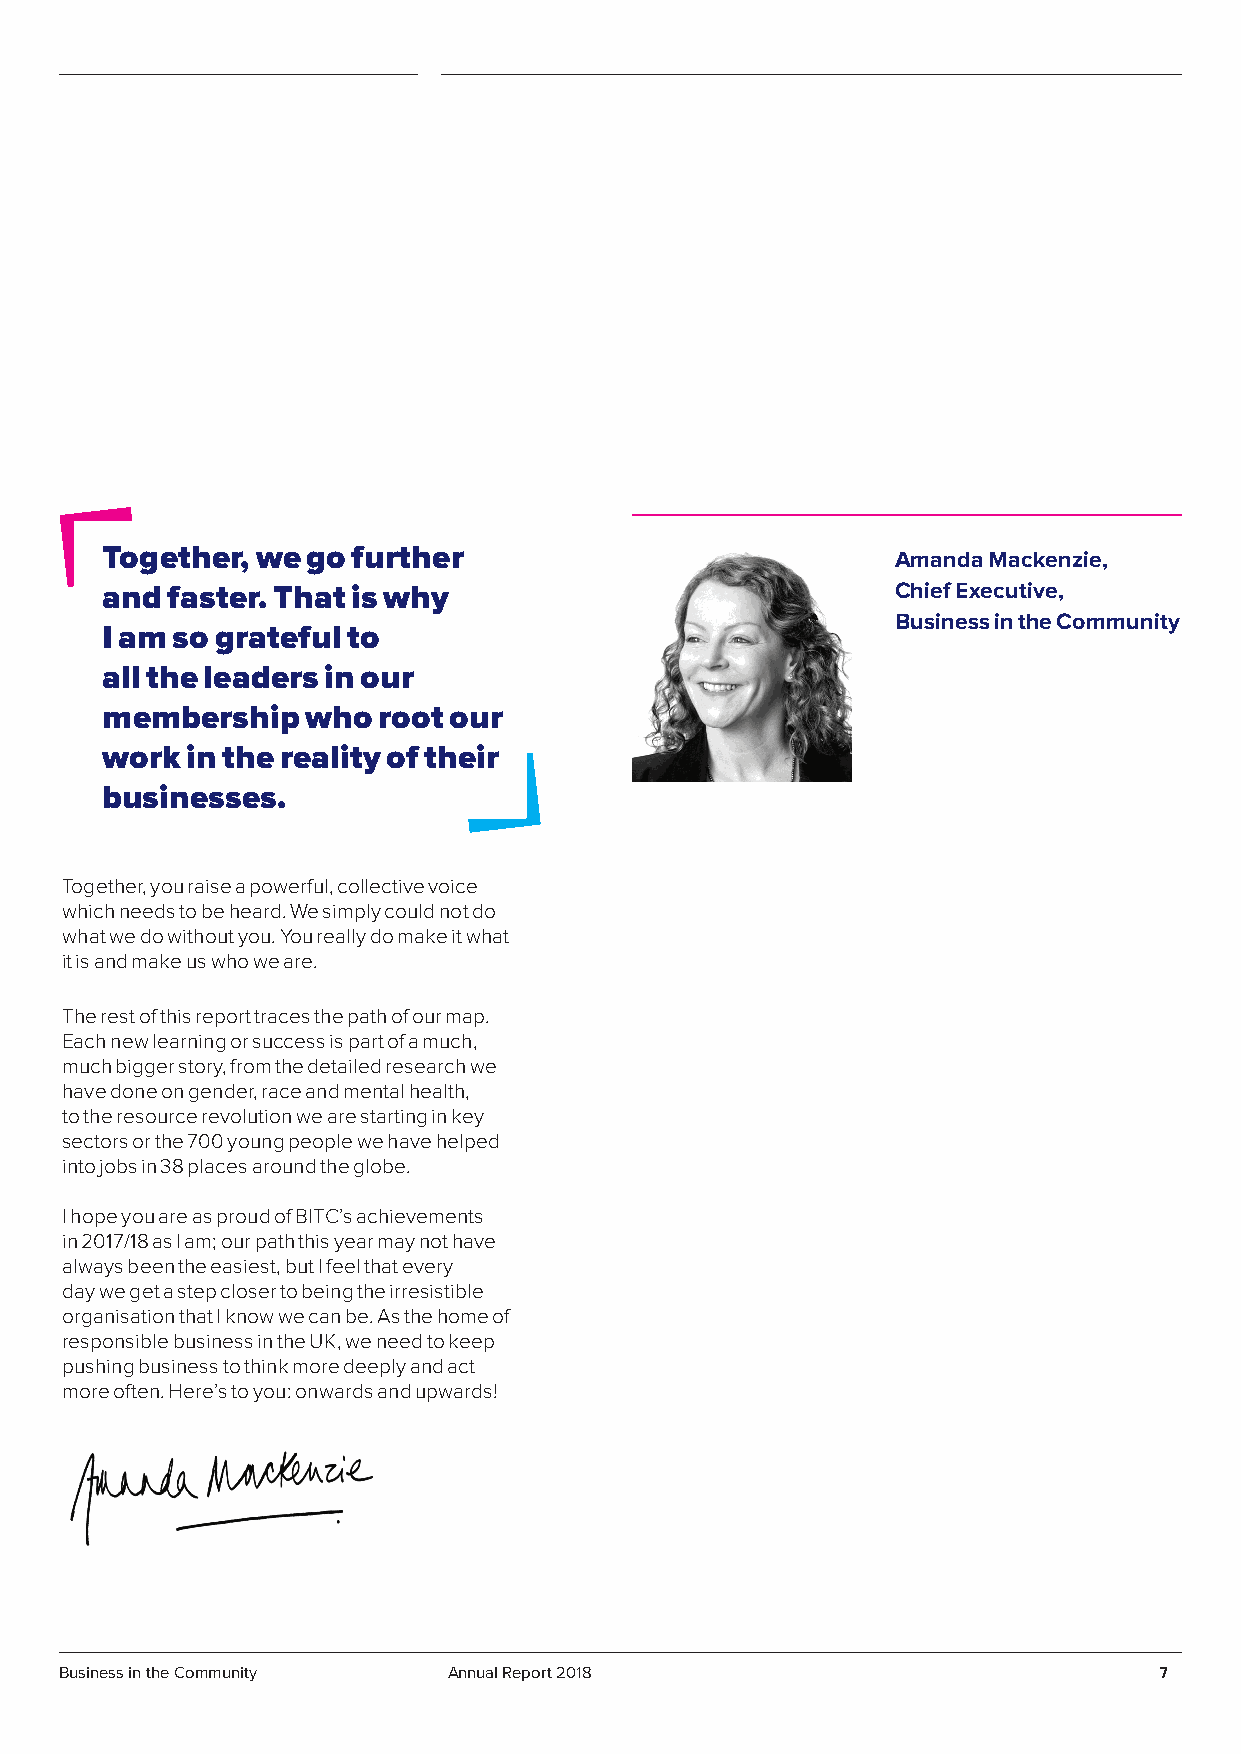
Together, we go further
 Amanda Mackenzie,
 and faster. That is why                             Chief Executive,
 Business in the Community
 I am so grateful to
 all the leaders in our
 membership   who  root our
 work in the reality of their
 businesses.
 Together, you raise a powerful, collective voice
 which needs to be heard. We simply could not do
 what we do without you. You really do make it what
 it is and make us who we are.
 The rest of this report traces the path of our map.
 Each new learning or success is part of a much,
 much bigger story, from the detailed research we
 have done on gender, race and mental health,
 to the resource revolution we are starting in key
 sectors or the 700 young people we have helped
 into jobs in 38 places around the globe.
 I hope you are as proud of BITC’s achievements
 in 2017/18 as I am; our path this year may not have
 always been the easiest, but I feel that every
 day we get a step closer to being the irresistible
 organisation that I know we can be. As the home of
 responsible business in the UK, we need to keep
 pushing business to think more deeply and act
 more often. Here’s to you: onwards and upwards!
 Business in the Community Annual Report 2018                             7